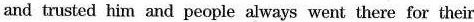
and trusted him and people always went there for their